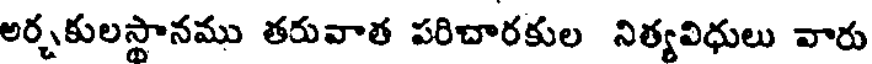
అర్చకులస్థానము తరువాత పరిచారకుల నిత్యవిధులు వారు